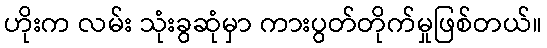
ဟိုးက လမ်း သုံးခွဆုံမှာ ကားပွတ်တိုက်မှုဖြစ်တယ်။